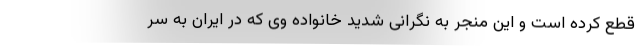
قطع کرده است و این منجر به نگرانی شدید خانواده وی که در ایران به سر